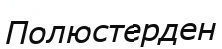
Полюстерден